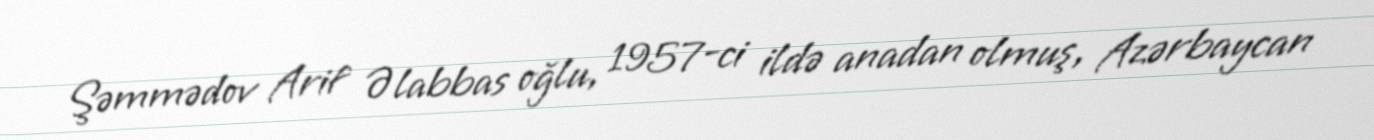
Şəmmədov Arif Əlabbas oğlu, 1957-ci ildə anadan olmuş, Azərbaycan